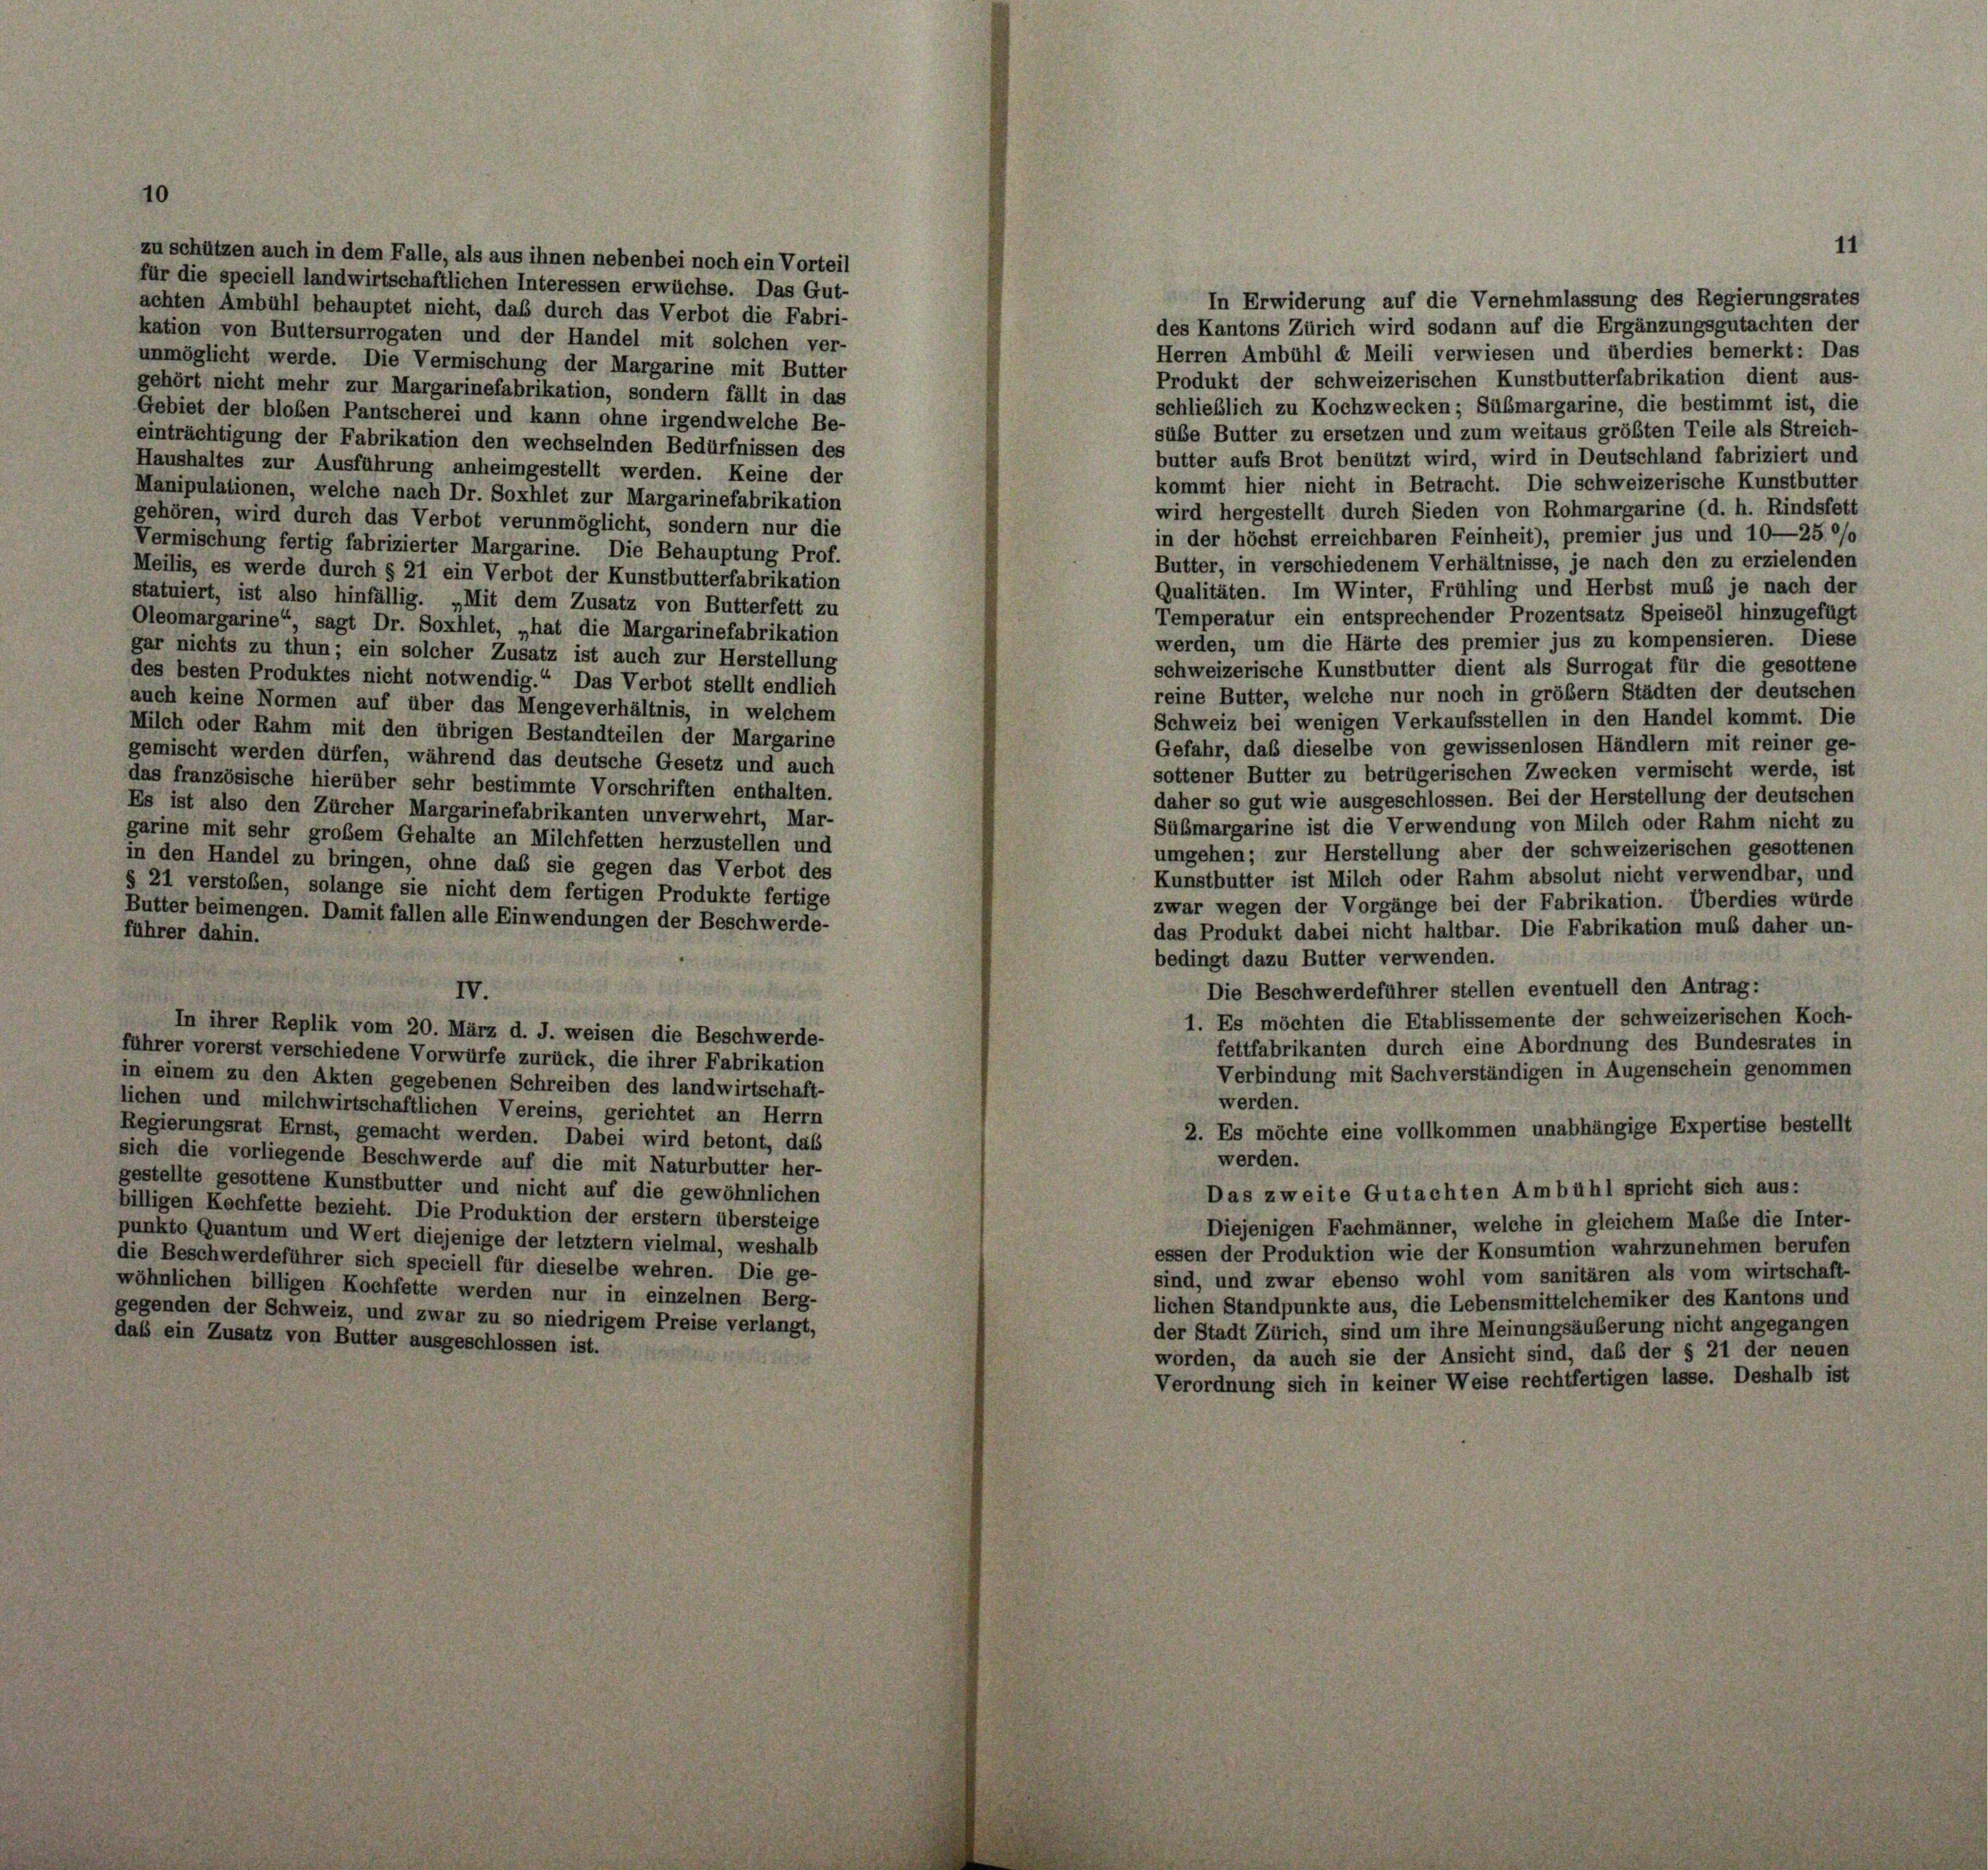
zu schützen auch in dem Falle, als aus ihnen nebenbei noch ein Vorteil
für die speciell landwirtschaftlichen Interessen erwüchse. Das Gut-
achten Ambühl behauptet nicht, daß durch das Verbot die Fabri-
kation von Buttersurrogaten und der Handel mit solchen ver-
unmöglicht werde. Die Vermischung der Margarine mit Butter
gehört nicht mehr zur Margarinefabrikation, sondern fällt in das
Gebiet der bloßen Pantscherei und kann ohne irgendwelche Be-
einträchtigung der Fabrikation den wechselnden Bedürfnissen des
Haushaltes zur Ausführung anheimgestellt werden. Keine der
Manipulationen, welche nach Dr. Soxhlet zur Margarinefabrikation
gehören, wird durch das Verbot verunmöglicht, sondern nur die
Vermischung fertig fabrizierter Margarine. Die Behauptung Prof.
Meilis, es werde durch § 21 ein Verbot der Kunstbutterfabrikation
statuiert, ist also hinfällig. „Mit dem Zusatz von Butterfett zu
Oleomargarine“, sagt Dr. Soxhlet, „hat die Margarinefabrikation
gar nichts zu thun; ein solcher Zusatz ist auch zur Herstellung
des besten Produktes nicht notwendig.“ Das Verbot stellt endlich
auch keine Normen auf über das Mengeverhältnis, in welchem
Milch oder Rahm mit den übrigen Bestandteilen der Margarine
gemischt werden dürfen, während das deutsche Gesetz und auch
das französische hierüber sehr bestimmte Vorschriften enthalten.
Es ist also den Zürcher Margarinefabrikanten unverwehrt, Mar-
garine mit sehr großem Gehalte an Milchfetten herzustellen und
in den Handel zu bringen, ohne daß sie gegen das Verbot des
§ 21 verstoben, solange sie nicht dem fertigen Produkte fertige
Butter beimengen. Damit fallen alle Einwendungen der Beschwerde-
führer dahin.
IV.
In ihrer Replik vom 20. März d. J. weisen die Beschwerde-
führer vorerst verschiedene Vorwürfe zurück, die ihrer Fabrikation
in einem zu den Akten gegebenen Schreiben des landwirtschaft-
lichen und milchwirtschaftlichen Vereins, gerichtet an Herrn
Regierungsrat Ernst, gemacht werden. Dabei wird betont, daß
sich die vorliegende Beschwerde auf die mit Naturbutter her-
gestellte gesottene Kunstbutter und nicht auf die gewöhnlichen
billigen Kochfette bezieht. Die Produktion der erstem übersteige
punkto Quantum und Wert diejenige der letztem vielmal, weshalb
die Beschwerdeführer sich speciell für dieselbe wehren. Die ge-
wöhnlichen billigen Kochfette werden nur in einzelnen Berg-
gegenden der Schweiz, und zwar zu so niedrigem Preise verlangt,
daß ein Zusatz von Butter ausgeschlossen ist.

In Erwiderung auf die Vernehmlassung des Regierungsrates
des Kantons Zürich wird sodann auf die Ergänzungsgutachten der
Herren Ambühl de Meili verwiesen und überdies bemerkt: Das
Produkt der schweizerischen Kunstbutterfabrikation dient aus-
schließlich zu Kochzwecken; Sübmargarine, die bestimmt ist, die
sübe Butter zu ersetzen und zum weitaus größten Teile als Streich-
butter aufs Brot benützt wird, wird in Deutschland fabriziert und
kommt hier nicht in Betracht. Die schweizerische Kunstbutter
wird hergestellt durch Sieden von Rohmargarine (d. h. Rindsfett
in der höchst erreichbaren Feinheit), premier jus und 10—25°/o
Butter, in verschiedenem Verhältnisse, je nach den zu erzielenden
Qualitäten. Im Winter, Frühling und Herbst muß je nach der
Temperatur ein entsprechender Prozentsatz Speiseöl hinzugefügt
werden, um die Härte des premier jus zu kompensieren. Diese
schweizerische Kunstbutter dient als Surrogat für die gesottene
reine Butter, welche nur noch in größem Städten der deutschen
Schweiz bei wenigen Verkaufsstellen in den Handel kommt. Die
Gefahr, daß dieselbe von gewissenlosen Händlern mit reiner ge-
sottener Butter zu betrügerischen Zwecken vermischt werde, ist
daher so gut wie ausgeschlossen. Bei der Herstellung der deutschen
Sübmargarine ist die Verwendung von Milch oder Rahm nicht zu
umgehen; zur Herstellung aber der schweizerischen gesottenen
Kunstbutter ist Milch oder Rahm absolut nicht verwendbar, und
zwar wegen der Vorgänge bei der Fabrikation. Überdies würde
das Produkt dabei nicht haltbar. Die Fabrikation muß daher un-
bedingt dazu Butter verwenden.
Die Beschwerdeführer stellen eventuell den Antrag:
1. Es möchten die Etablissemente der schweizerischen Koch-
fettfabrikanten durch eine Abordnung des Bundesrates in
Verbindung mit Sachverständigen in Augenschein genommen
werden.
2. Es möchte eine vollkommen unabhängige Expertise bestellt
werden.
Das zweite Gutachten Ambühl spricht sich aus:
Diejenigen Fachmänner, welche in gleichem Maße die Inter-
essen der Produktion wie der Konsumtion wahrzunehmen berufen
sind, und zwar ebenso wohl vom sanitären als vom wirtschaft-
lichen Standpunkte aus, die Lebensmittelchemiker des Kantons und
der Stadt Zürich, sind um ihre Meinungsäuberung nicht angegangen
worden, da auch sie der Ansicht sind, daß der § 21 der neuen
Verordnung sich in keiner Weise rechtfertigen lasse. Deshalb ist

11